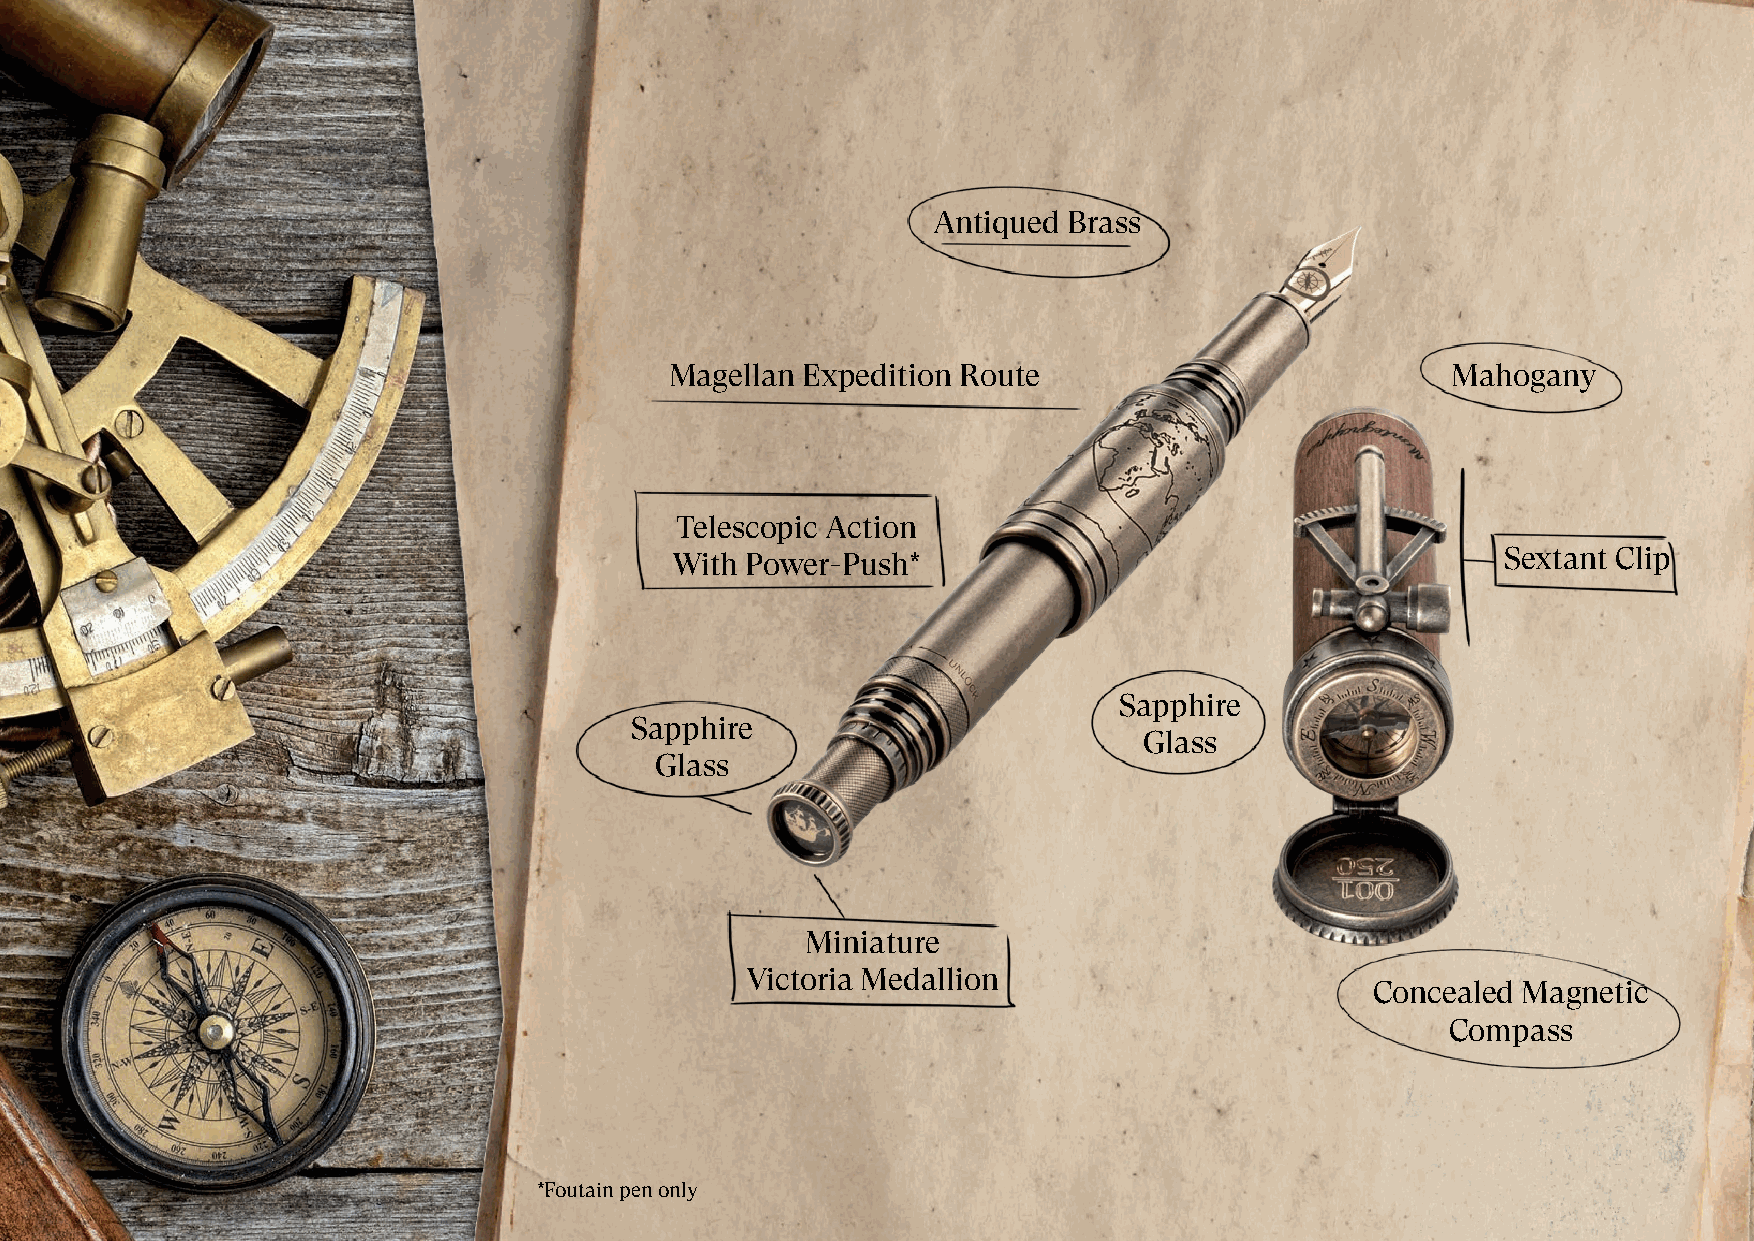
Antiqued Brass
 Magellan Expedition Route                           Mahogany
 Telescopic Action
 With Power-Push*                                       Sextant Clip
 Sapphire
 Sapphire
 Glass
 Glass
 Miniature
 Victoria Medallion
 Concealed Magnetic
 Compass
 *Foutain pen only